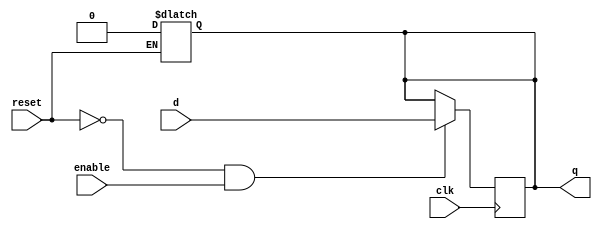
// dffe: D-type flip-flop with enable
//
// q      (output) - Current value of flip flop
// d      (input)  - Next value of flip flop
// clk    (input)  - Clock (positive edge-sensitive)
// enable (input)  - Load new value? (yes = 1, no = 0)
// reset  (input)  - Asynchronous reset   (reset =  1)
//
module dffe(q, d, clk, enable, reset);
    output q;
    reg    q;
    input  d;
    input  clk, enable, reset;

    always@(reset)
        if (reset == 1'b1)
            q <= 0;

    always@(posedge clk)
        if ((reset == 1'b0) && (enable == 1'b1))
            q <= d;
endmodule // dffe


module i_reader(I, bits, clk, restart);
    output      I;
    input [2:0] bits;
    input       restart, clk;
    wire        in000, in111,
                sGarbage, sGarbage_next,
                sBlank, sBlank_next,
                sI, sI_next,
                sI_end, sI_end_next;

    assign in000 = bits == 3'b000;
    assign in111 = bits == 3'b111;

    assign sGarbage_next = ((sBlank | sI_end) & ~(in000 | in111)) | ((sI | sGarbage) & ~in000);
    assign sBlank_next = (sBlank | sI_end | sGarbage) & in000;
    assign sI_next = (sBlank | sI_end) & in111;
    assign sI_end_next = sI & in000;

    // enable hardcoded to 1, reset hardcoded to 0
    dffe fsGarbage(sGarbage, sGarbage_next, clk, 1'b1, 1'b0);
    dffe fsBlank(sBlank, sBlank_next, clk, 1'b1, 1'b0);
    dffe fsI(sI, sI_next, clk, 1'b1, 1'b0);
    dffe fsI_end(sI_end, sI_end_next, clk, 1'b1, 1'b0);

    // outputs are associated with states, NOT transitions
    assign I = sI_end;
endmodule // word_reader